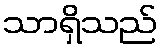
သာရှိသည်